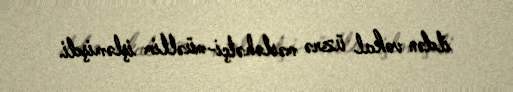
ildən vokal üzrə məsləhətçi-müəllim işləmişdi.